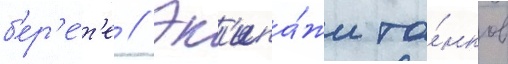
б'ер'е́т'е // Эк'ипа́жи та́нков